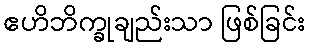
ဧဟိဘိက္ခုချည်းသာ ဖြစ်ခြင်း